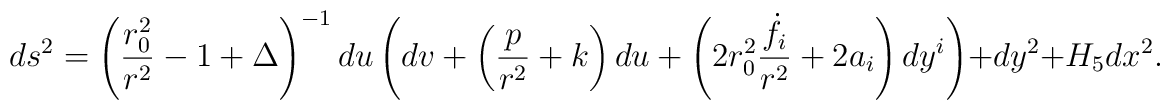
ds^2 = \left( {{r_0^2} \over {r^2}} -1 + \Delta \right)^{-1}du \left( dv + \left( {p \over {r^2}} + k \right) du+ \left( 2 r_0^2 {{\dot{f}_i} \over {r^2}} + 2 a_i \right) dy^i \right)+ dy^2 + H_5 dx^2.